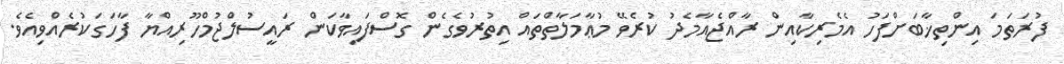
ފުރަތަމަ އިންތިޚާބަށްފަހު އެމެރިކާއިން ރާއްޖެއާމެދު ކުރެވޭ މުޢާމަލާތްތައް އިތުރުވެގެން ގޮސްފައިވާކަން ރައީސުލްޖުމްހޫރިއްޔާ ފާހަގަކުރެއްވިއެވެ.